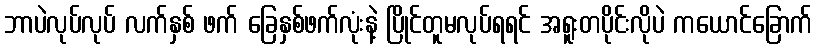
ဘာပဲလုပ်လုပ် လက်နှစ် ဖက် ခြေနှစ်ဖက်လုံးနဲ့ ပြိုင်တူမလုပ်ရရင် အရူးတပိုင်းလိုပဲ ကယောင်ခြောက်